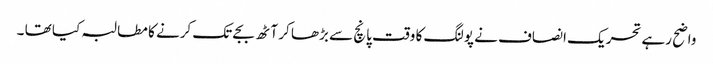
واضح رہے تحریک انصاف نے پولنگ کا وقت پانچ سے بڑھا کر آٹھ بجے تک کرنے کا مطالبہ کیا تھا ۔